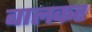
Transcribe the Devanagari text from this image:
बालकर